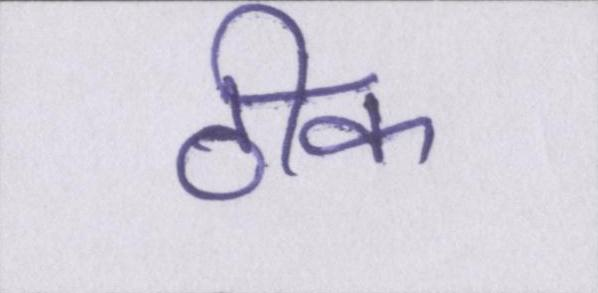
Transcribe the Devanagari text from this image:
ठीक